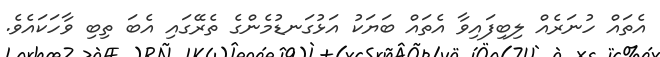
އެތައް ހުނަރެއް ލިބިފައިވާ އެތައް ބަޔަކު އަޅުގަނޑުމެންގެ ތެރޭގައި އެބަ ތިބި ވާހަކައެވެ.